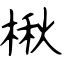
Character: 楸